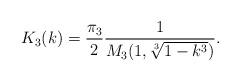
LaTeX: \begin{align*}K_3(k)=\frac{\pi_3}{2}\frac{1}{M_3(1,\sqrt[3]{1-k^3})}.\end{align*}